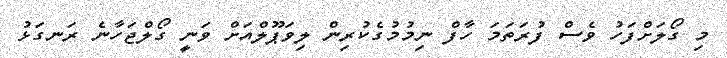
މި ގޯލަށްފަހު ވެސް ފުރަތަމަ ހާފް ނިމުމުގެކުރިން ލިވަޕޫލްއަށް ވަނީ ގޯލްޖަހާނެ ރަނގަޅު